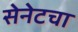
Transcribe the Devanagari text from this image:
सेनेटचा